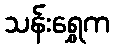
သန်းရွှေက